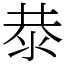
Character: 㳟